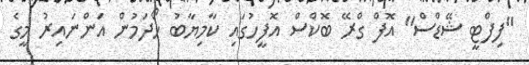
"ފިފްޓީ ޝޭޑްސް" އޮފް ގްރޭ ބޮކްސް އޮފީހުގައި ކާމިޔާބު ހޯދަމުން އަންނައިރު މީގެ